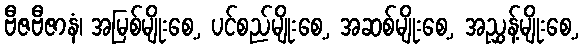
ဗီဇဗီဇာနံ၊ အမြစ်မျိုးစေ့, ပင်စည်မျိုးစေ့, အဆစ်မျိုးစေ့, အညွှန့်မျိုးစေ့,